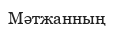
Мәтжанның